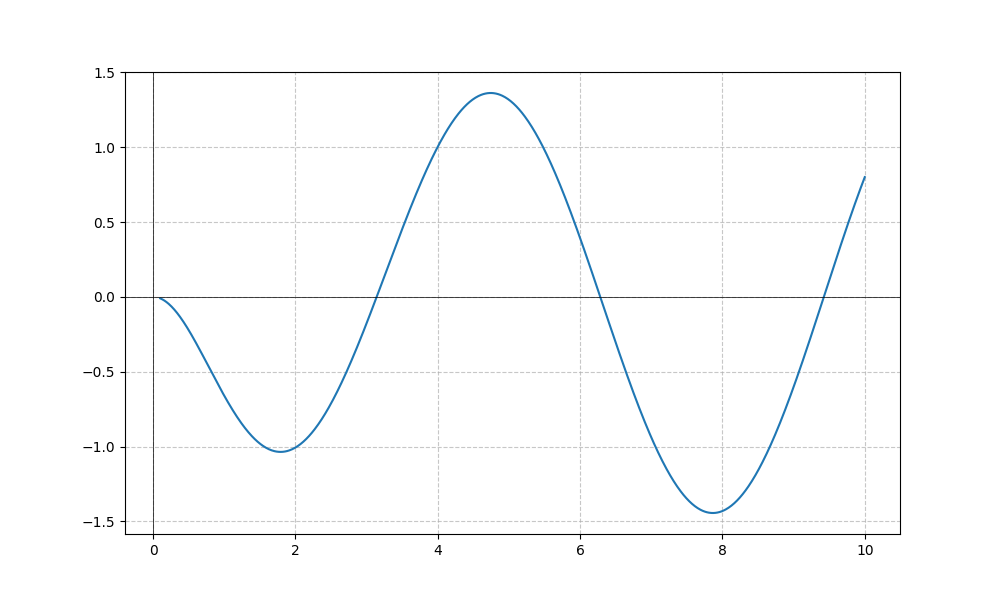
LaTeX formula: - \sin{\left(x \right)} \operatorname{atan}{\left(x \right)}